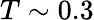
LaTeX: T\sim 0.3